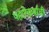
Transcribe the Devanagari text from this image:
पहारेकर्यांची